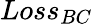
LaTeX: Loss_{BC}